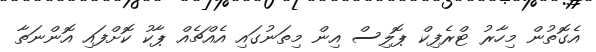
އެގޮތުން މިހާރު ޓްރެފިކް ޕޮލިސް އިން މިތަނުގައި އެއްޗެއް ޕާކު ކޮށްފައި އޮންނަތާ